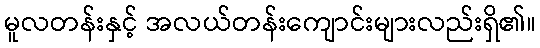
မူလတန်းနှင့် အလယ်တန်းကျောင်းများလည်းရှိ၏။